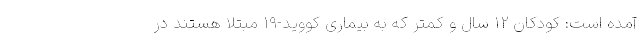
آمده است: کودکان ۱۲ سال و کمتر که به بیماری کووید-۱۹ مبتلا هستند در